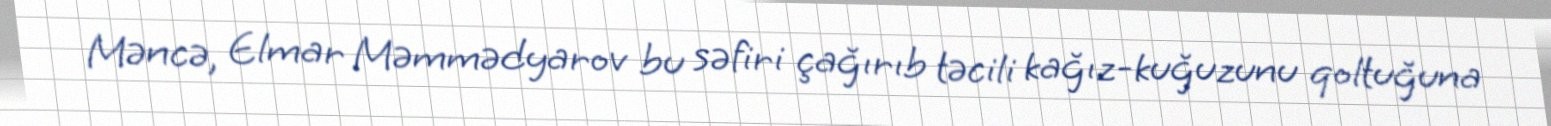
Məncə, Elmar Məmmədyarov bu səfiri çağırıb təcili kağız-kuğuzunu qoltuğuna